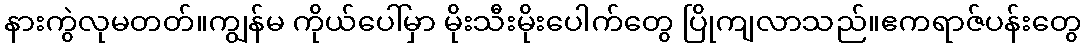
နားကွဲလုမတတ်။ကျွန်မ ကိုယ်ပေါ်မှာ မိုးသီးမိုးပေါက်တွေ ပြိုကျလာသည်။ဧကရာဇ်ပန်းတွေ